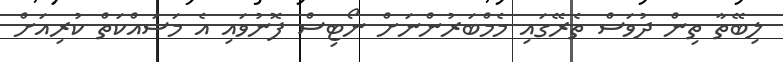
ލިބޭތާ ތިން ދުވަސް ތެރޭގައި މެމްބަރުންނަށް ނޯޓިސް ފޮނުވައި އެ މަސައްކަތް ކުރިއަށް